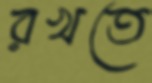
রখতে